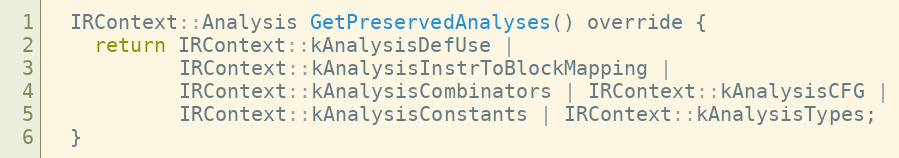
Language: C
  IRContext::Analysis GetPreservedAnalyses() override {
    return IRContext::kAnalysisDefUse |
           IRContext::kAnalysisInstrToBlockMapping |
           IRContext::kAnalysisCombinators | IRContext::kAnalysisCFG |
           IRContext::kAnalysisConstants | IRContext::kAnalysisTypes;
  }